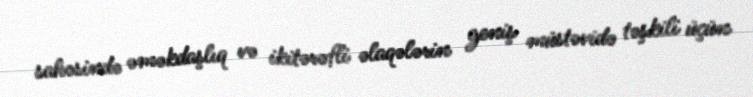
sahəsində əməkdaşlıq və ikitərəfli əlaqələrin geniş müstəvidə təşkili üçün